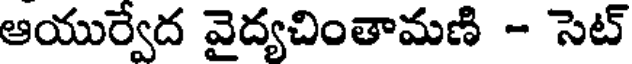
ఆయుర్వేద వైద్యచింతామణి - సెట్